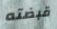
قبضته